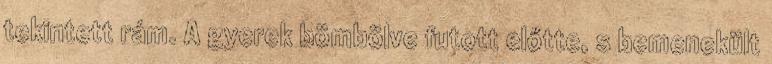
tekintett rám. A gyerek bömbölve futott előtte, s bemenekült